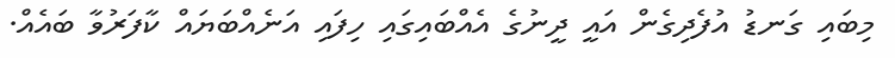
މިބައި ގަނޑު އުފެދިގެން އައީ ދީނުގެ އެއްބައިގައި ހިފައި އަނެއްބަޔައް ކާފަރުވާ ބައެއް.